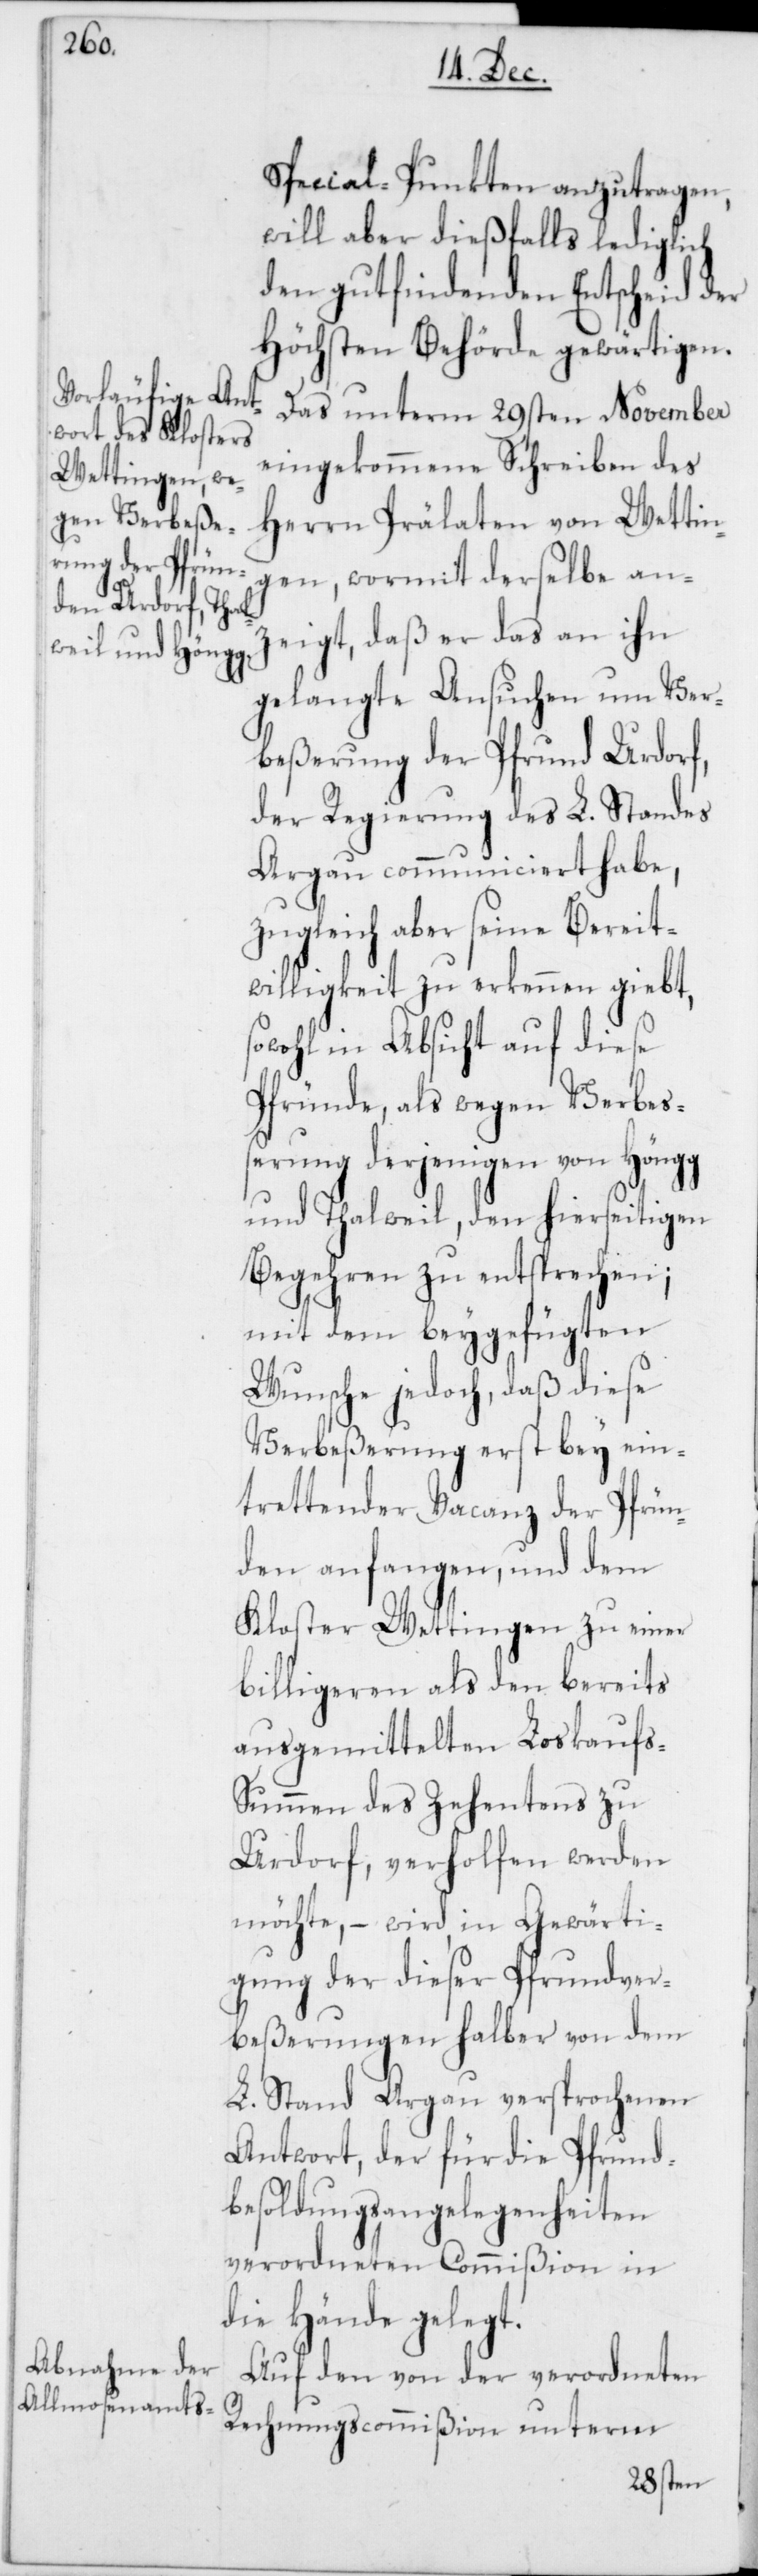
Special-Punkten anzutragen,
will aber dießfalls lediglich
den gutfindenden Entscheid der
Höchsten Behörde gewärtigen.
Das unterm 29sten November
eingekommene Schreiben des
Herrn Prälaten von Wettin¬
gen, wormit derselbe anz¬
eigt, daß er das an ihn
gelangte Ansuchen um Ver¬
beßerung der Pfrund Urdorf,
der Regierung des L. Standes
Argau communiciert habe,
zugleich aber seine Bereit¬
willigkeit zu erkennen giebt,
sowohl in Absicht auf diese
Pfründe, als wegen Verbeß¬
erung derjenigen von Höngg
und Thalweil, den hierseitigen
Begehren zu entsprechen;
mit dem beygefügten
Wunsche jedoch, daß diese
Verbeßerung erst bey ein¬
trettender Vacanz der Pfrün¬
den anfangen, und dem
Kloster Wettingen zu einer
billigeren als den bereits
ausgemittelten Loskauf¬
s-Summen des Zehentens zu
Urdorf, verholfen werden
möchte, – wird in Gewärti¬
gung der dieser Pfrundver¬
beßerungen halber von dem
L. Stand Argau versprochenen
Antwort, der für die Pfrund¬
besoldungsangelegenheiten
verordneten Commißion in
die Hände gelegt.
Auf den von der verordneten
Rechnungscommißion unterm